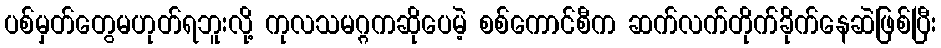
ပစ်မှတ်တွေမဟုတ်ရဘူးလို့ ကုလသမဂ္ဂကဆိုပေမဲ့ စစ်ကောင်စီက ဆက်လက်တိုက်ခိုက်နေဆဲဖြစ်ပြီး